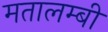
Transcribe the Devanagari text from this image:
मतालम्बी